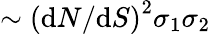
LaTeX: \sim\left(\textup dN/\textup dS\right)^{2}\sigma_{1}\sigma_{2}